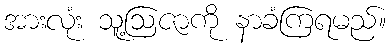
အားလုံး သူ့ဩဇာကို နာခံကြရမည်။